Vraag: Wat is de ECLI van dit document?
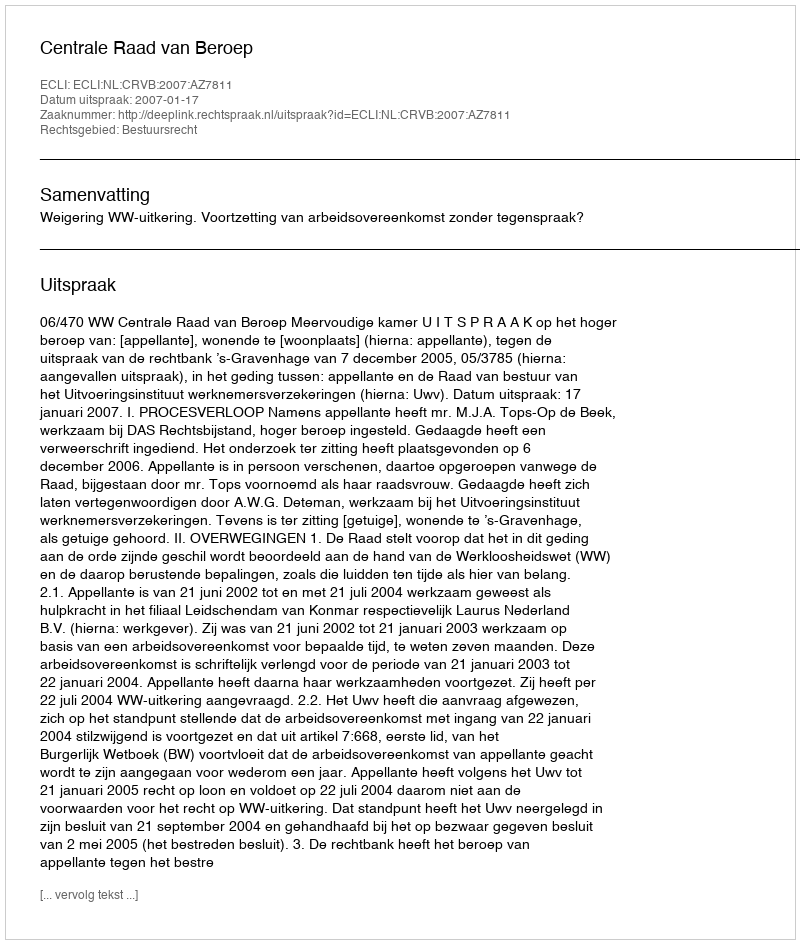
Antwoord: ECLI:NL:CRVB:2007:AZ7811